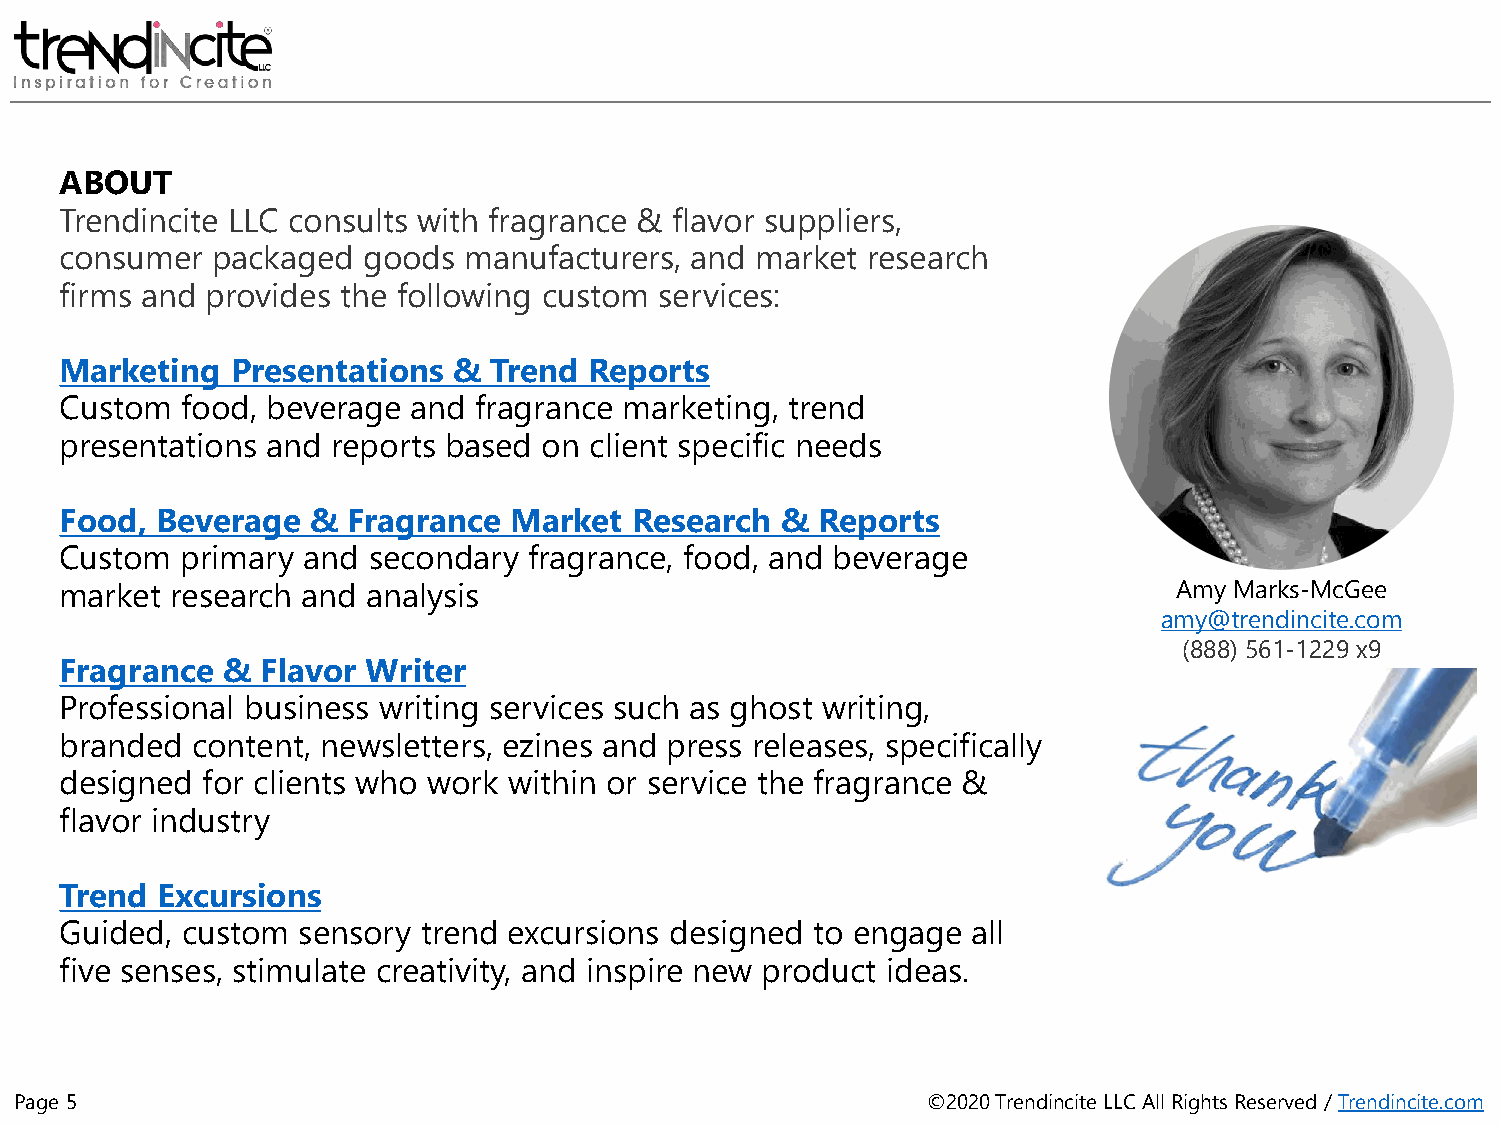
ABOUT
 Trendincite LLC consults with fragrance & flavor suppliers,
 consumer  packaged  goods  manufacturers, and market research
 firms and provides the following custom services:
 Marketing  Presentations  & Trend  Reports
 Custom  food, beverage and fragrance marketing, trend
 presentations and reports based on client specific needs
 Food, Beverage   & Fragrance  Market  Research  & Reports
 Custom  primary and secondary  fragrance, food, and beverage
 market research and analysis                                              Amy Marks-McGee
 amy@trendincite.com
 (888) 561-1229 x9
 Fragrance  & Flavor Writer
 Professional business writing services such as ghost writing,
 branded  content, newsletters, ezines and press releases, specifically
 designed for clients who work within or service the fragrance &
 flavor industry
 Trend Excursions
 Guided, custom  sensory trend excursions designed to engage all
 five senses, stimulate creativity, and inspire new product ideas.
 Page 5                                                      ©2020 Trendincite LLC All Rights Reserved / Trendincite.com